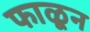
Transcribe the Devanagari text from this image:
फाळून